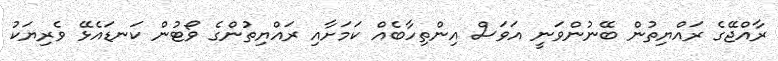
ރާއްޖޭގެ ރައްޔިތުން ބޭނުންވަނީ އަވަސް އިންތިހާބެއް ކަމަށާއި ރައްޔިތުންގެ ވޯޓުން ކަނޑައެޅޭ ވެރިޔަކު